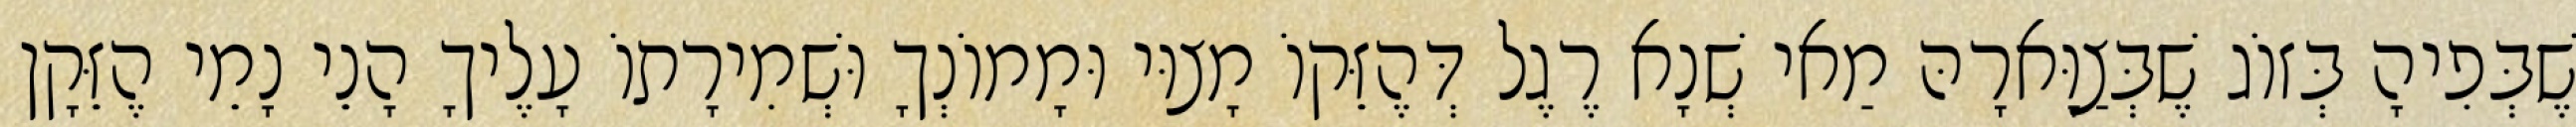
שֶׁבְּפִיהָ בְּזוֹג שֶׁבְּצַוָּארָהּ מַאי שְׁנָא רֶגֶל דְּהֶזֵּקוֹ מָצוּי וּמָמוֹנְךָ וּשְׁמִירָתוֹ עָלֶיךָ הָנֵי נָמֵי הֶזֵּקָן